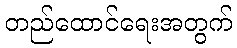
တည်ထောင်ရေးအတွက်